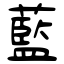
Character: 藍